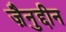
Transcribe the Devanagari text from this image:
ज़ैनुद्दीन